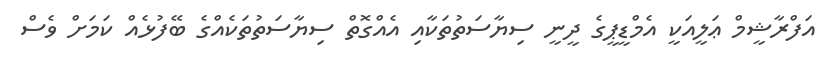
އަފްރާޝީމް ޢަލީއަކީ އެމްޑީޕީގެ ދީނީ ސިޔާސަތުތަކާއި އެއްގޮތް ސިޔާސަތުތަކެއްގެ ބޭފުޅެއް ކަމަށް ވެސް